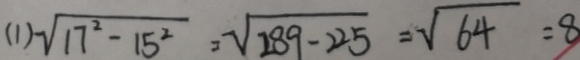
( 1 ) \sqrt { 1 7 ^ { 2 } - 1 5 ^ { 2 } } = \sqrt { 2 8 9 - 2 2 5 } = \sqrt { 6 4 } = 8